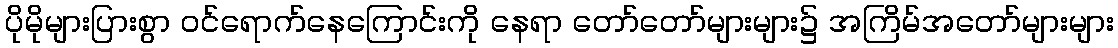
ပိုမိုများပြားစွာ ဝင်ရောက်နေကြောင်းကို နေရာ တော်တော်များများ၌ အကြိမ်အတော်များများ